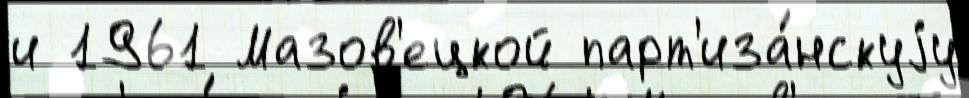
и 1961 Мазов'ецкой парт'иза́нскуjу